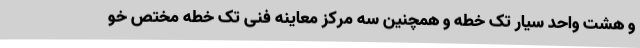
و هشت واحد سیار تک خطه و همچنین سه مرکز معاینه فنی تک خطه مختص خو